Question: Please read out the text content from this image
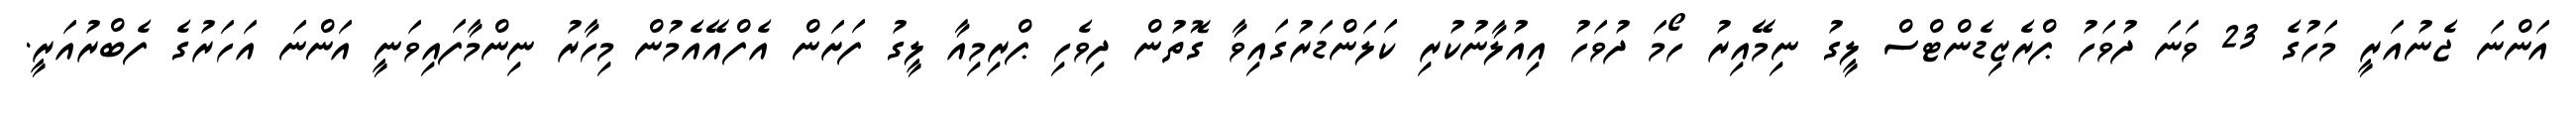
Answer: އަންނަ ޖެނުއަރީ މަހުގެ 23 ވަނަ ދުވަހު ޕްރެޒިޑެންޓްސް ލީގު ނިމޭއިރު ހޯމަ ދުވަހު އިއުލާނުކުރި ކަލަންޑަރުގައިވާ ގޮތުން ދިވެހި ޕްރިމިއާ ލީގު ފަށަން އެފްއޭއެމުން މިހާރު ނިންމާފައިވަނީ އަންނަ އަހަރުގެ ފެބްރުއަރީ.